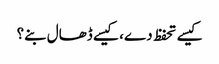
کیسے تحفظ دے، کیسے ڈھال بنے؟